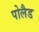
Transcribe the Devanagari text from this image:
पोलैड